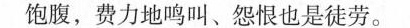
饱腹，费力地鸣叫、怨恨也是徒劳。